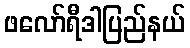
ဖလော်ရီဒါပြည်နယ်